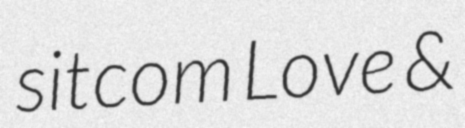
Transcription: sitcom Love &